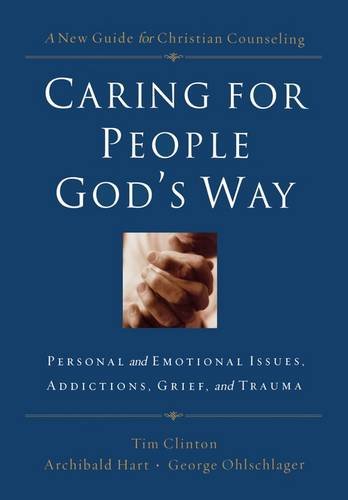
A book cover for Caring for People God's Way: Personal and Emotional Issues, Addictions, Grief, and Trauma; Christian Books & Bibles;